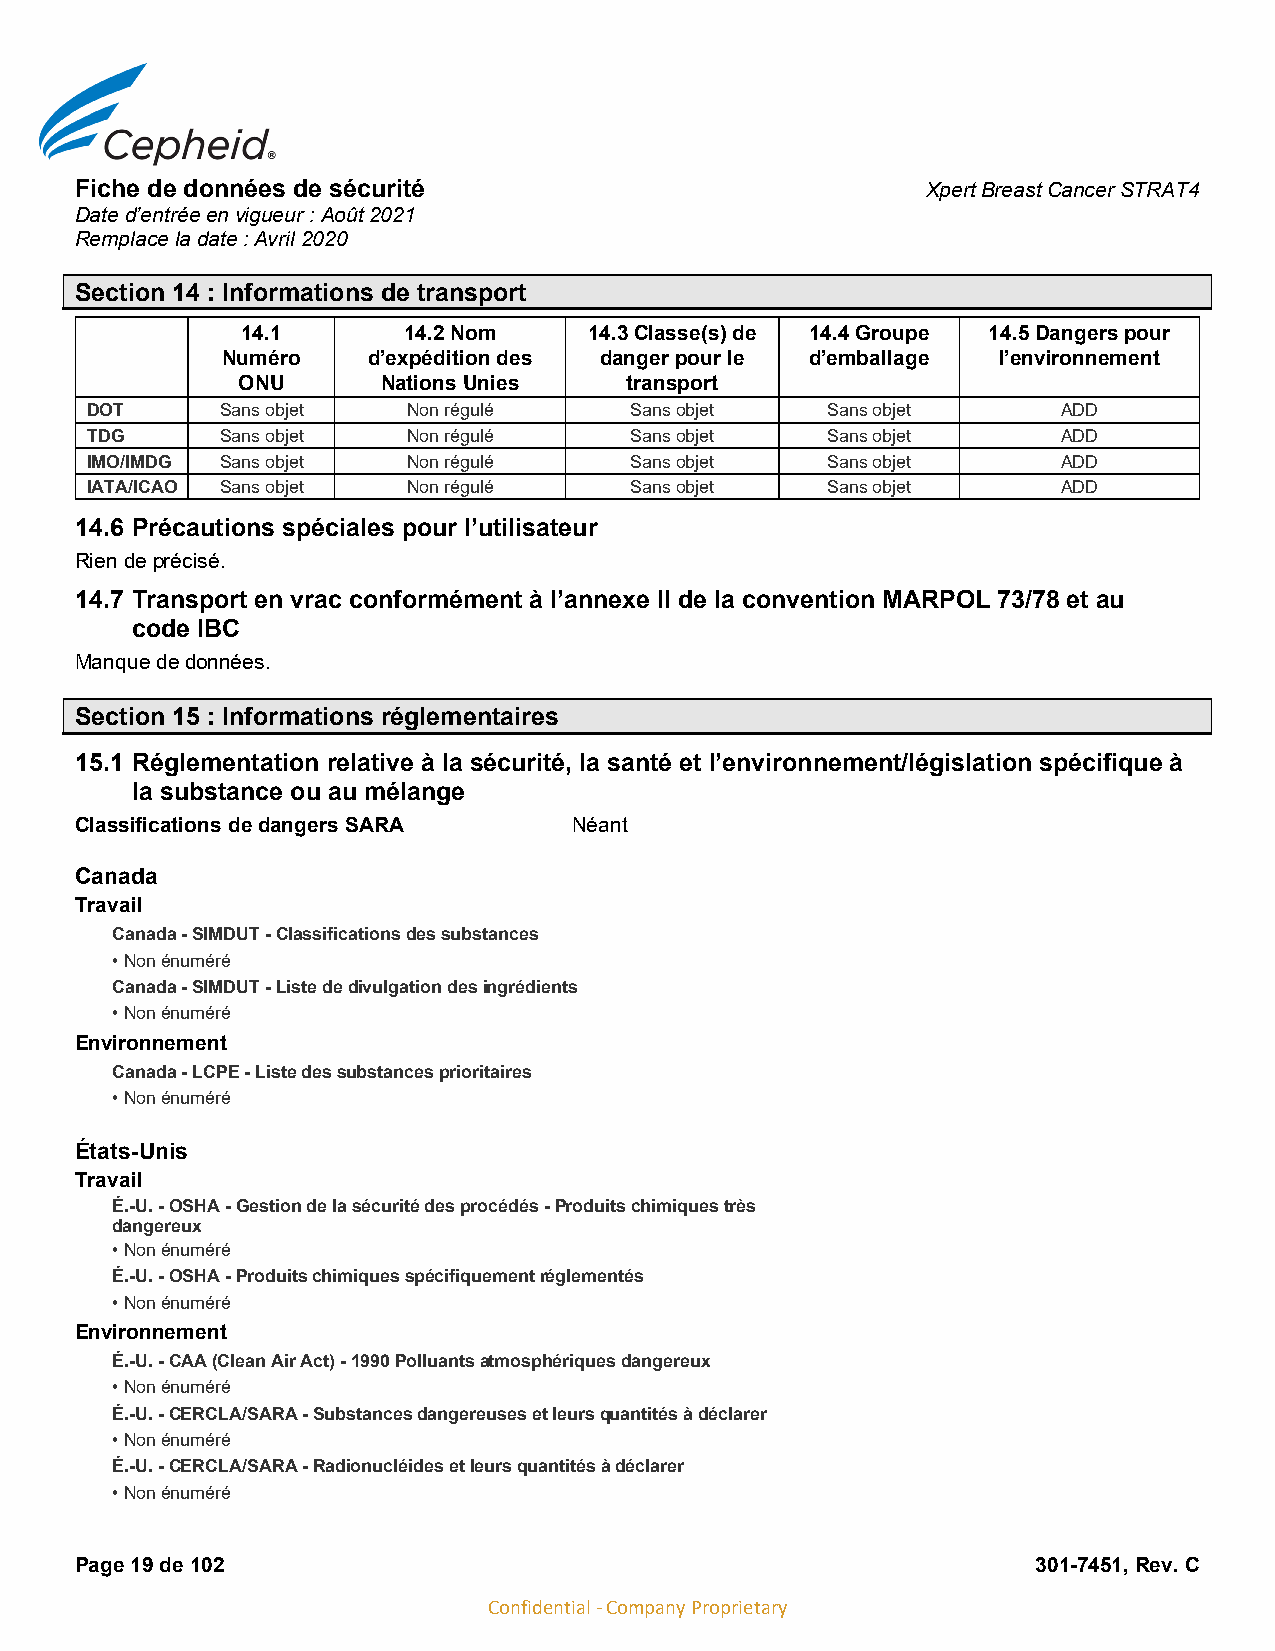
Fiche de données de sécurité                            Xpert Breast Cancer STRAT4
 Date d’entrée en vigueur : Août 2021
 Remplace la date : Avril 2020
 Section 14 : Informations de transport
 14.1       14.2 Nom    14.3 Classe(s) de 14.4 Groupe 14.5 Dangers pour
 Numéro   d’expédition des danger pour le d’emballage l’environnement
 ONU      Nations Unies   transport
 DOT      Sans objet  Non régulé     Sans objet   Sans objet     ADD
 TDG      Sans objet  Non régulé     Sans objet   Sans objet     ADD
 IMO/IMDG Sans objet  Non régulé     Sans objet   Sans objet     ADD
 IATA/ICAO Sans objet Non régulé     Sans objet   Sans objet     ADD
 14.6 Précautions spéciales pour l’utilisateur
 Rien de précisé.
 14.7 Transport en vrac conformément à l’annexe II de la convention MARPOL 73/78 et au
 code IBC
 Manque de données.
 Section 15 : Informations réglementaires
 15.1 Réglementation relative à la sécurité, la santé et l’environnement/législation spécifique à
 la substance ou au mélange
 Classifications de dangers SARA  Néant
 Canada
 Travail
 Canada - SIMDUT - Classifications des substances
 • Non énuméré
 Canada - SIMDUT - Liste de divulgation des ingrédients
 • Non énuméré
 Environnement
 Canada - LCPE - Liste des substances prioritaires
 • Non énuméré
 États-Unis
 Travail
 É.-U. - OSHA - Gestion de la sécurité des procédés - Produits chimiques très
 dangereux
 • Non énuméré
 É.-U. - OSHA - Produits chimiques spécifiquement réglementés
 • Non énuméré
 Environnement
 É.-U. - CAA (Clean Air Act) - 1990 Polluants atmosphériques dangereux
 • Non énuméré
 É.-U. - CERCLA/SARA - Substances dangereuses et leurs quantités à déclarer
 • Non énuméré
 É.-U. - CERCLA/SARA - Radionucléides et leurs quantités à déclarer
 • Non énuméré
 Page 19 de 102                                                  301-7451, Rev. C
 Confidential - Company Proprietary